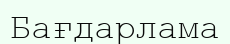
Бағдарлама